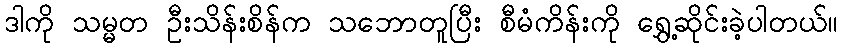
ဒါကို သမ္မတ ဦးသိန်းစိန်က သဘောတူပြီး စီမံကိန်းကို ရွှေ့ဆိုင်းခဲ့ပါတယ်။